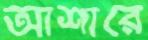
আশারে